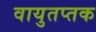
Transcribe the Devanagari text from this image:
वायुतप्तक